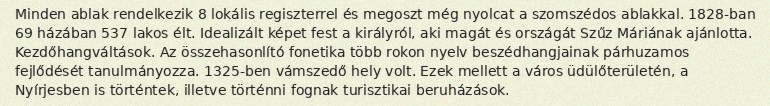
Minden ablak rendelkezik 8 lokális regiszterrel és megoszt még nyolcat a szomszédos ablakkal. 1828-ban 69 házában 537 lakos élt. Idealizált képet fest a királyról, aki magát és országát Szűz Máriának ajánlotta. Kezdőhangváltások. Az összehasonlító fonetika több rokon nyelv beszédhangjainak párhuzamos fejlődését tanulmányozza. 1325-ben vámszedő hely volt. Ezek mellett a város üdülőterületén, a Nyírjesben is történtek, illetve történni fognak turisztikai beruházások.